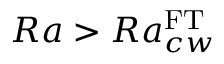
R a > R a _ { c w } ^ { \mathrm { \tiny { F T } } }